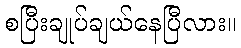
စပြီးချုပ်ချယ်နေပြီလား။